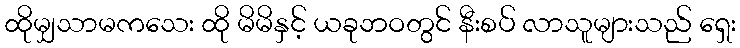
ထိုမျှသာမကသေး ထို မိမိနှင့် ယခုဘဝတွင် နီးစပ် လာသူများသည် ရှေး